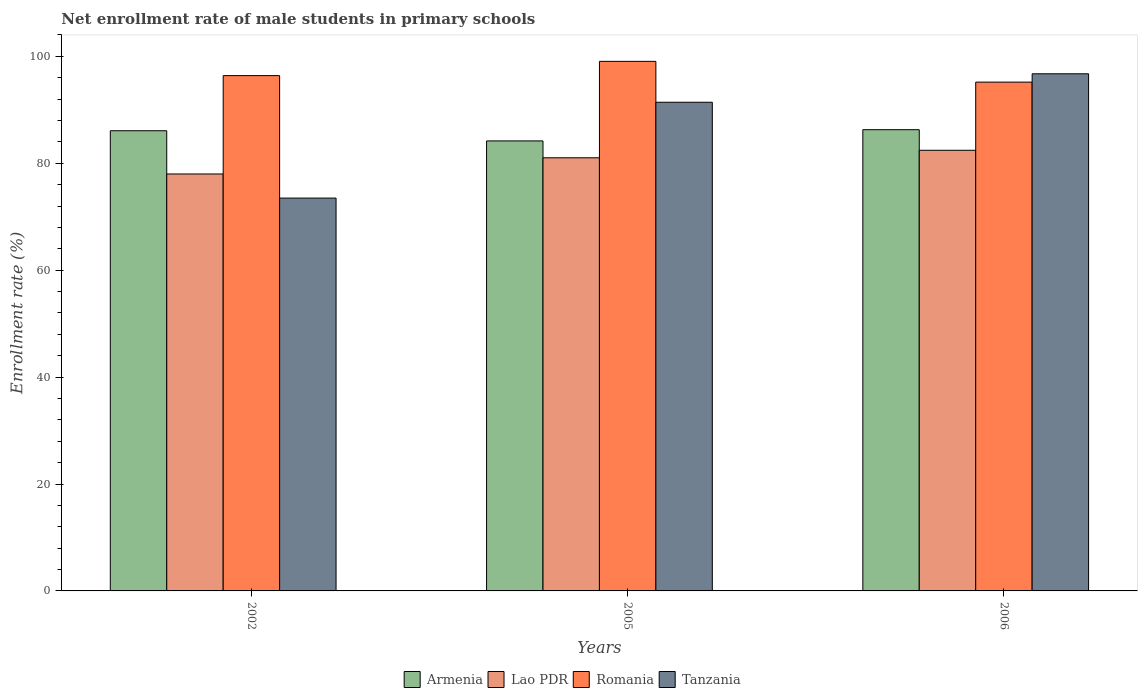
| Years | Armenia | Lao PDR | Romania | Tanzania |
 | --- | --- | --- | --- | --- |
 | 2002 | 86.1 | 78 | 96.4 | 73.5 |
 | 2005 | 84.2 | 81 | 99.1 | 91.4 |
 | 2006 | 86.3 | 82.4 | 95.2 | 96.7 |